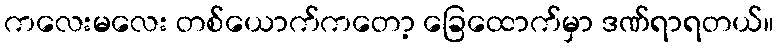
ကလေးမလေး တစ်ယောက်ကတော့ ခြေထောက်မှာ ဒဏ်ရာရတယ်။